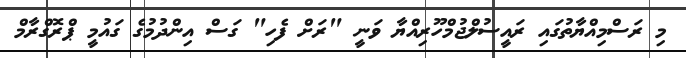
މި ރަސްމިއްޔާތުގައި ރައީސުލްޖުމްހޫރިއްޔާ ވަނީ "ރަށް ފެހި" ގަސް އިންދުމުގެ ގައުމީ ޕްރޮގްރާމް